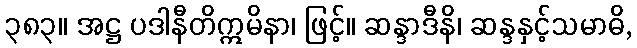
၃၈၃။ အဋ္ဌ ပဒါနီတိဣမိနာ၊ ဖြင့်။ ဆန္ဒာဒီနိ၊ ဆန္ဒနှင့်သမာဓိ,